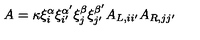
A = \kappa \xi _ { i } ^ { \alpha } \xi _ { i ^ { \prime } } ^ { \alpha ^ { \prime } } \xi _ { j } ^ { \beta } \xi _ { j ^ { \prime } } ^ { \beta ^ { \prime } } A _ { L , i i ^ { \prime } } A _ { R , j j ^ { \prime } }